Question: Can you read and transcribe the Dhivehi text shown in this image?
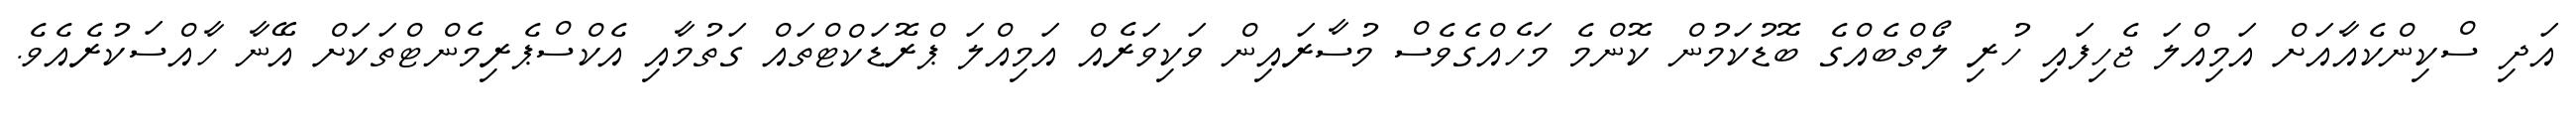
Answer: އަދި ސްކިންކެއާއަށް އަމިއްލަ ޖެހިފައި ހުރި ލޯތްބެއްގެ ބޮޑުކަމުން ކޮންމެ މަހެއްގެވެސް މުސާރައިން ވަކިވަރެއް އަމިއްލަ ޕްރޮޑަކްޓްތައް ގަތުމާއި އެކްސްޕެރިމެންޓްތަކަށް އޭނާ ހާއްސަކުރެއެވެ.